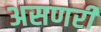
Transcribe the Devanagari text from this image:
असणरी